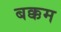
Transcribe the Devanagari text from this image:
बक्कम